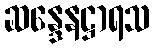
ဆန္ဒေနဋ္ဌာရသ